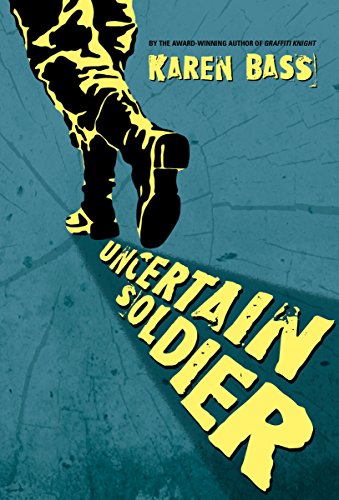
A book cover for Uncertain Soldier; Karen Bass; Teen & Young Adult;